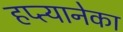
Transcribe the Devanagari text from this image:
हप्त्यानेका